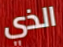
الذي